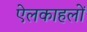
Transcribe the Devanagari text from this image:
ऐलकाहलों